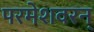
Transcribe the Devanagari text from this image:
परमेशवरन्